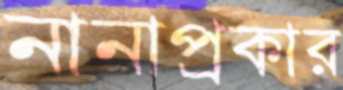
নানাপ্রকার